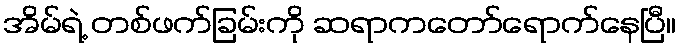
အိမ်ရဲ့ တစ်ဖက်ခြမ်းကို ဆရာကတော်ရောက်နေပြီ။